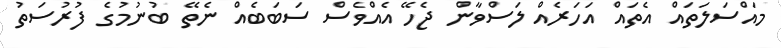
މައްސަލަތައް އެތައް އަހަރެއް ލަސްވާން ޖެހޭ އެއްވެސް ސަބަބެއް ނެތޭ ބުނުމުގެ ފުރުސަތު